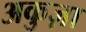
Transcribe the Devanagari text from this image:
अकुज़ा